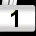
Digit: 1